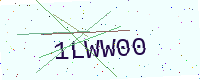
Text: 1LWW00